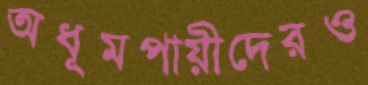
অধূমপায়ীদেরও